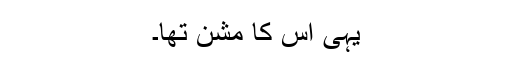
یہی اس کا مشن تھا۔